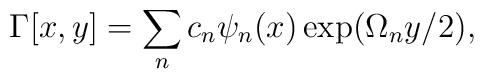
\Gamma[x,y]=\sum_n c_n \psi_n(x)\exp(\Omega_n y/2),